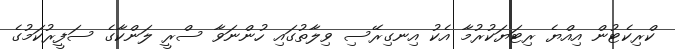
ކްރިކެޓުން އިއްޔެ ރިޓަޔަކުރުމާ އެކު އިނގިރޭސި ވިލާތުގައި ހުންނަވާ ސްރީ ލަންކާގެ ސަފީރުކަމުގެ